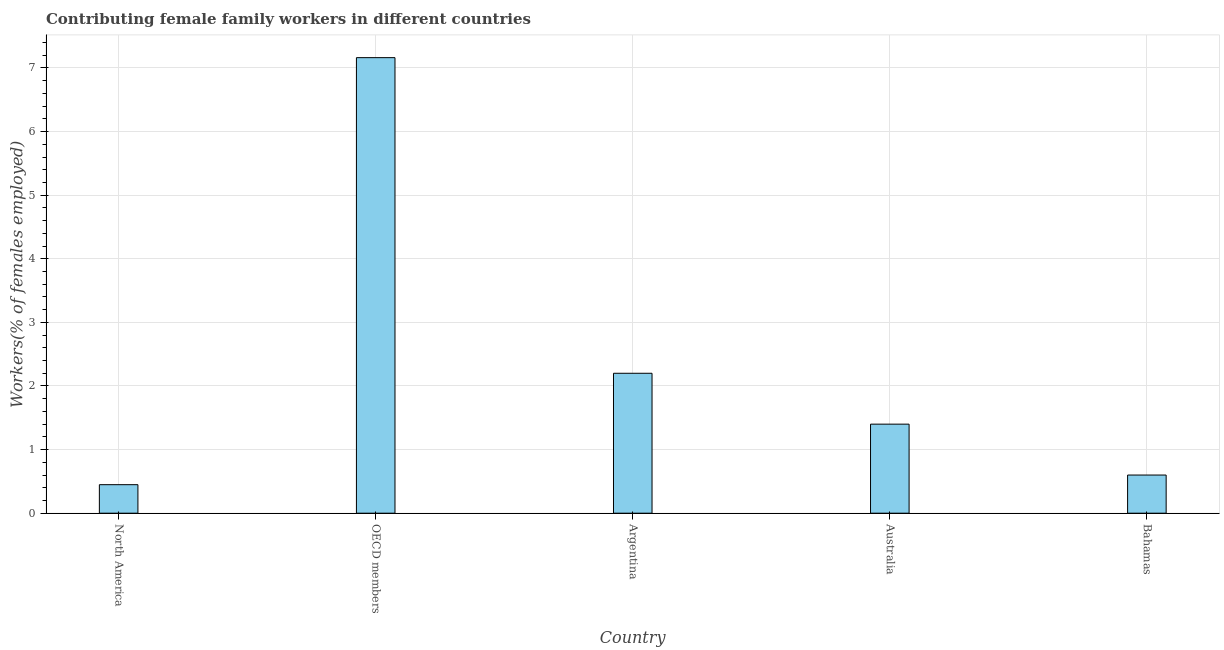
| Country | Contributing family workers |
 | --- | --- |
 | North America | 0.448 |
 | OECD members | 7.16 |
 | Argentina | 2.2 |
 | Australia | 1.4 |
 | Bahamas | 0.6 |